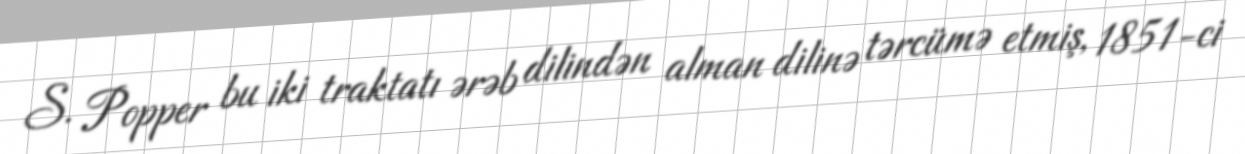
S. Popper bu iki traktatı ərəb dilindən alman dilinə tərcümə etmiş, 1851-ci